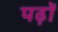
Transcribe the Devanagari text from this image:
पढ़ों